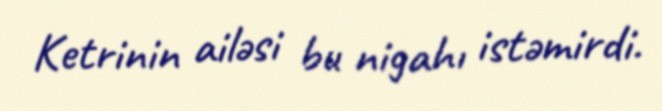
Ketrinin ailəsi bu nigahı istəmirdi.